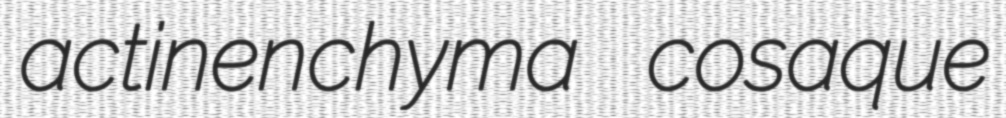
actinenchyma cosaque